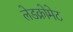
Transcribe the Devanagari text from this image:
लेडक्रोमेट